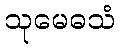
သုမေဓသံ